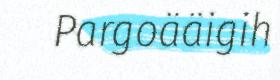
Pargoääigih